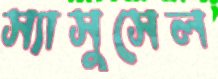
স্যাসুসেল